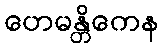
ဟေမန္တိကေန